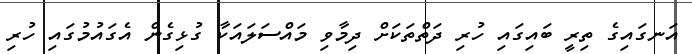
އަނގައިގެ ތިރީ ބައިގައި ހުރި ދަތްތަކަށް ދިމާވި މައްސަލައަކާ ގުޅިގެން އެގައުމުގައި ހުރި